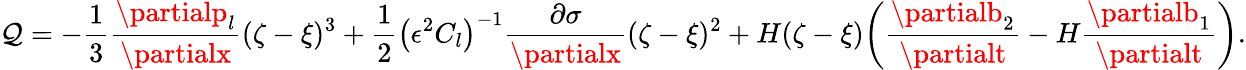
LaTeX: \mathcal{Q}=-\frac{{1}}{{3}}\frac{{\partialp_{l}}}{{\partialx}}(\zeta-\xi)^{3}+\frac{{1}}{{2}}\left(\epsilon^{2}C_{l}\right)^{-1}\frac{{\partial\sigma}}{{\partialx}}(\zeta-\xi)^{2}+H(\zeta-\xi)\bigg(\frac{{\partialb_{2}}}{{\partialt}}-H\frac{{\partialb_{1}}}{{\partialt}}\bigg).